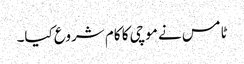
ٹامس نے موچی کا کام شروع کیا۔